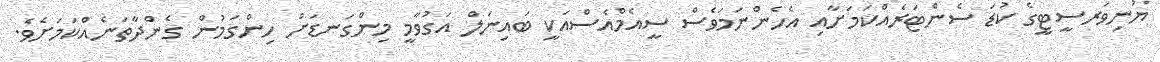
ޔުނިވަރސީޓީގެ ކުޑަ ސެންޓަރެއްކަމަށާއި އެހެންނަމަވެސް ސީއެމްއެސްއަކީ ބައިނަލް އަގުވާމީ މިންގަނޑަށް ހިންގަމުން ގެންދާތަނެއްކަމަށެވެ.